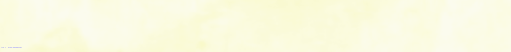
محلات الأزياء الراقية: تش